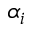
\alpha _ { i }